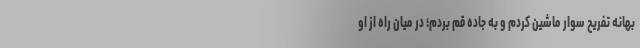
بهانه تفریح سوار ماشین کردم و به جاده قم بردم؛ در میان راه از او